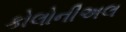
કોલોનીઅલ